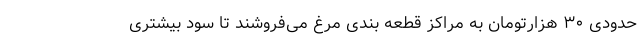
حدودی ۳۰ هزارتومان به مراکز قطعه بندی مرغ می‌فروشند تا سود بیشتری